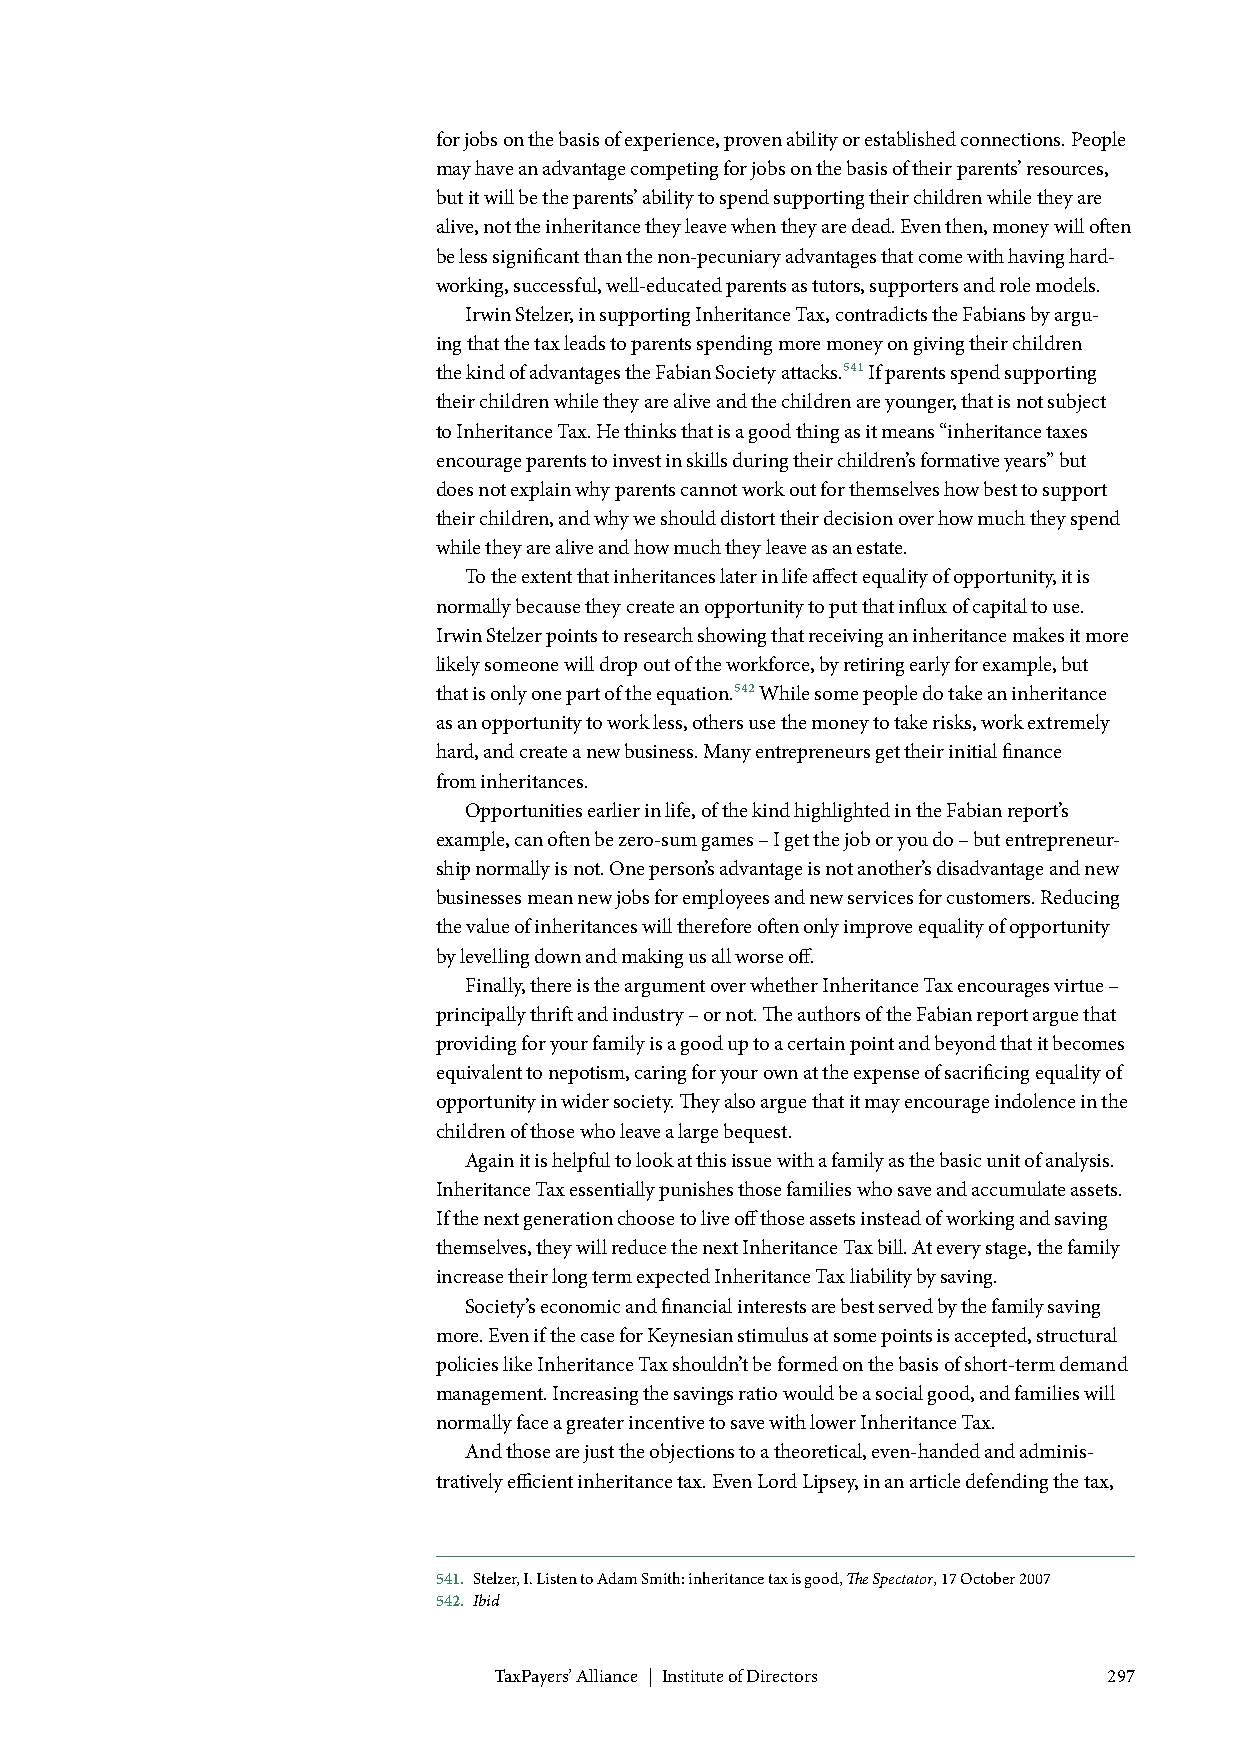
for jobs on the basis of experience, proven ability or established connections. People
 may have an advantage competing for jobs on the basis of their parents’ resources,
 but it will be the parents’ ability to spend supporting their children while they are
 alive, not the inheritance they leave when they are dead. Even then, money will often
 be less significant than the non-pecuniary advantages that come with having hard-
 working, successful, well-educated parents as tutors, supporters and role models.
 Irwin Stelzer, in supporting Inheritance Tax, contradicts the Fabians by argu-
 ing that the tax leads to parents spending more money on giving their children
 the kind of advantages the Fabian Society attacks.541 If parents spend supporting
 their children while they are alive and the children are younger, that is not subject
 to Inheritance Tax. He thinks that is a good thing as it means “inheritance taxes
 encourage parents to invest in skills during their children’s formative years” but
 does not explain why parents cannot work out for themselves how best to support
 their children, and why we should distort their decision over how much they spend
 while they are alive and how much they leave as an estate.
 To the extent that inheritances later in life affect equality of opportunity, it is
 normally because they create an opportunity to put that influx of capital to use.
 Irwin Stelzer points to research showing that receiving an inheritance makes it more
 likely someone will drop out of the workforce, by retiring early for example, but
 that is only one part of the equation.542 While some people do take an inheritance
 as an opportunity to work less, others use the money to take risks, work extremely
 hard, and create a new business. Many entrepreneurs get their initial finance
 from inheritances.
 Opportunities earlier in life, of the kind highlighted in the Fabian report’s
 example, can often be zero-sum games – I get the job or you do – but entrepreneur-
 ship normally is not. One person’s advantage is not another’s disadvantage and new
 businesses mean new jobs for employees and new services for customers. Reducing
 the value of inheritances will therefore often only improve equality of opportunity
 by levelling down and making us all worse off.
 Finally, there is the argument over whether Inheritance Tax encourages virtue –
 principally thrift and industry – or not. The authors of the Fabian report argue that
 providing for your family is a good up to a certain point and beyond that it becomes
 equivalent to nepotism, caring for your own at the expense of sacrificing equality of
 opportunity in wider society. They also argue that it may encourage indolence in the
 children of those who leave a large bequest.
 Again it is helpful to look at this issue with a family as the basic unit of analysis.
 Inheritance Tax essentially punishes those families who save and accumulate assets.
 If the next generation choose to live off those assets instead of working and saving
 themselves, they will reduce the next Inheritance Tax bill. At every stage, the family
 increase their long term expected Inheritance Tax liability by saving.
 Society’s economic and financial interests are best served by the family saving
 more. Even if the case for Keynesian stimulus at some points is accepted, structural
 policies like Inheritance Tax shouldn’t be formed on the basis of short-term demand
 management. Increasing the savings ratio would be a social good, and families will
 normally face a greater incentive to save with lower Inheritance Tax.
 And those are just the objections to a theoretical, even-handed and adminis-
 tratively efficient inheritance tax. Even Lord Lipsey, in an article defending the tax,
 541. Stelzer, I. Listen to Adam Smith: inheritance tax is good, The Spectator, 17 October 2007
 542. Ibid
 TaxPayers’ Alliance | Institute of Directors 297